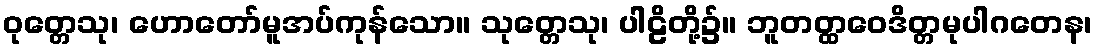
ဝုတ္တေသု၊ ဟောတော်မူအပ်ကုန်သော။ သုတ္တေသု၊ ပါဠိတို့၌။ ဘူတတ္ထဝေဒိတ္တမုပါဂတေန၊